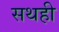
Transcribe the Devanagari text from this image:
सथही